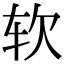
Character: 软